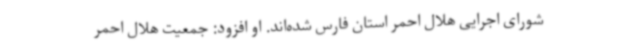
شورای اجرایی هلال احمر استان فارس شده‌اند. او افزود: جمعیت هلال احمر